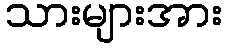
သားများအား